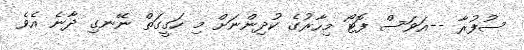
ސުފުރާ --އަވަސް ފޮޓޯ މިހާރުގެ ކުދިންނަށް މި ހަގީގަތް ނޭނގި ދާނެ އެވެ